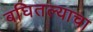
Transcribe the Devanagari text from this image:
बघितल्याचा